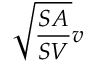
{ \sqrt { \frac { S A } { S V } } } v